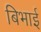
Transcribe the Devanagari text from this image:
बिभाई